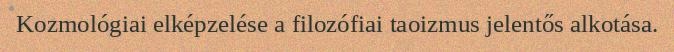
Kozmológiai elképzelése a filozófiai taoizmus jelentős alkotása.